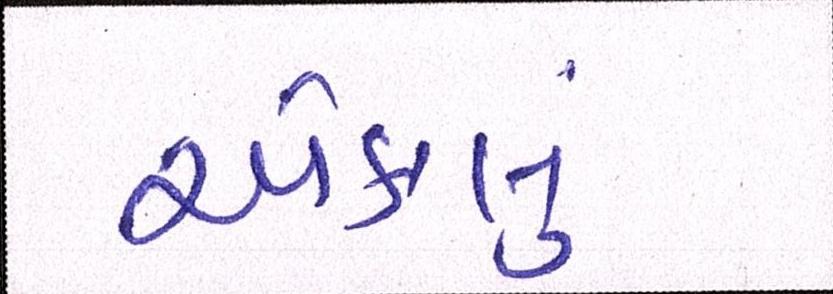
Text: એકલું